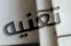
تعنيه